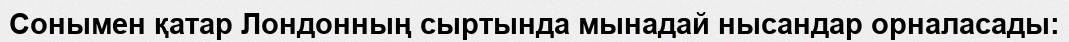
Сонымен қатар Лондонның сыртында мынадай нысандар орналасады: